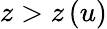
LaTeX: z>z\left(u\right)